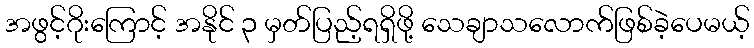
အဖွင့်ဂိုးကြောင့် အနိုင် ၃ မှတ်ပြည့်ရရှိဖို့ သေချာသလောက်ဖြစ်ခဲ့ပေမယ့်